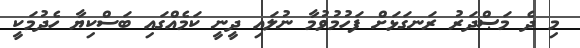
މި ދެ މަޞްދަރު ރަނގަޅަށް ފަހުމުވުމާ ނުލައި ދީނީ ކަމެއްގައި ބަސްކިޔާ ހެދުމަކީ